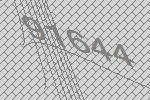
91644